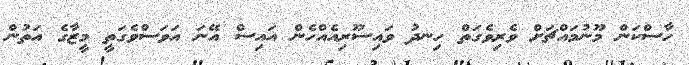
ހާސްކަން މޫނުމައްޗަށް ވެރިވެގަތް ހިނދު ވައިސޫރިއެއްހެން އައިސް އޭނަ އަވަސްވެގަތީ މީޒާގެ އަތުން